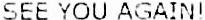
SEE YOU AGAIN!